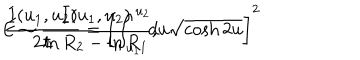
E \sim { \frac { I ( u _ { 1 } , u _ { 2 } ) } { \ln R _ { 2 } - \ln R _ { 1 } } } , \hspace { 0 . 5 c m } { \frac { I ( u _ { 1 } , u _ { 2 } ) } { 2 \pi } } = \left[ \int _ { u _ { 1 } } ^ { u _ { 2 } } \! \! d u \sqrt { \cosh 2 u } \right] ^ { 2 }